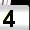
Digit: 4